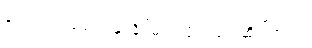
ရှောင်ရှား မောင်းနှင်နိုင်မယ်လို့လည်း ဆိုပါတယ်။